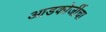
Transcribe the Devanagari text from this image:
आडकोजींचा